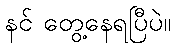
နင် တွေ့နေရပြီပဲ။